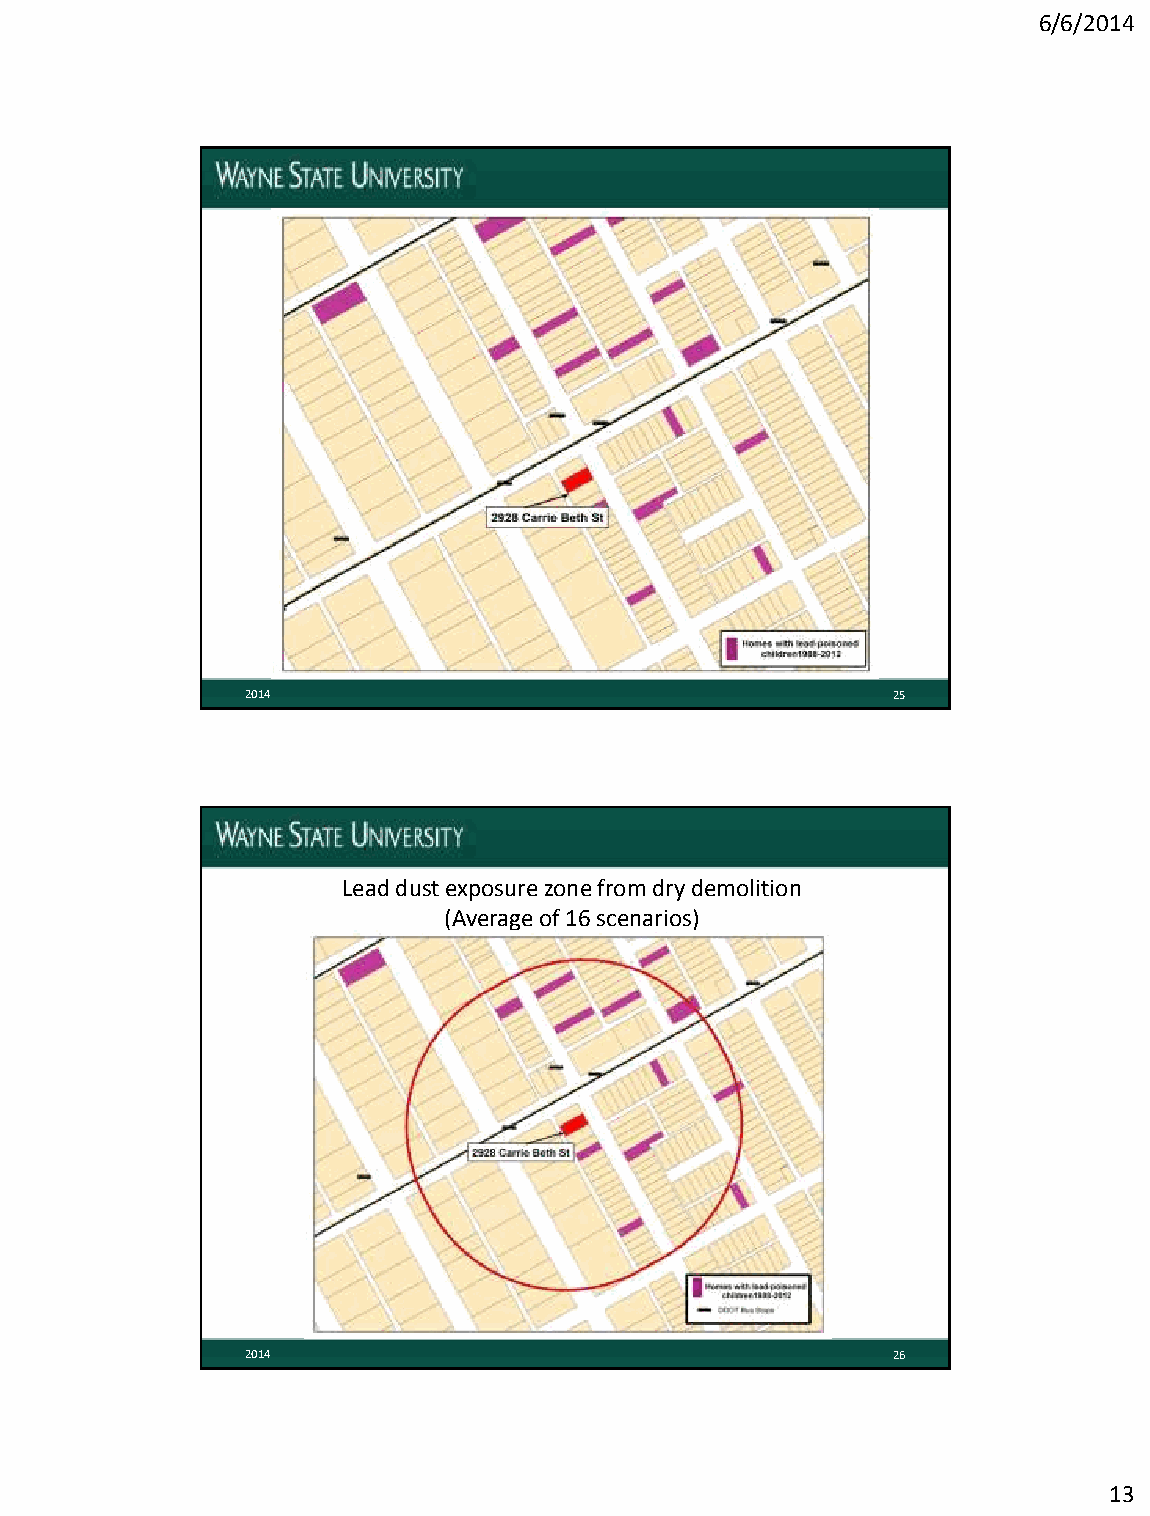
6/6/2014
 2014                                       25
 Lead dust exposure zone from dry demolition
 (Average of 16 scenarios)
 2014                                       26
 13